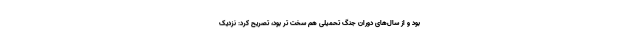
بود و از سال‌های دوران جنگ تحمیلی هم سخت تر بود، تصریح کرد: نزدیک